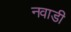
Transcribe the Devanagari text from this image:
नवाडी